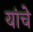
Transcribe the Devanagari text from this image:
यांचेेेे